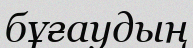
бұғаудың